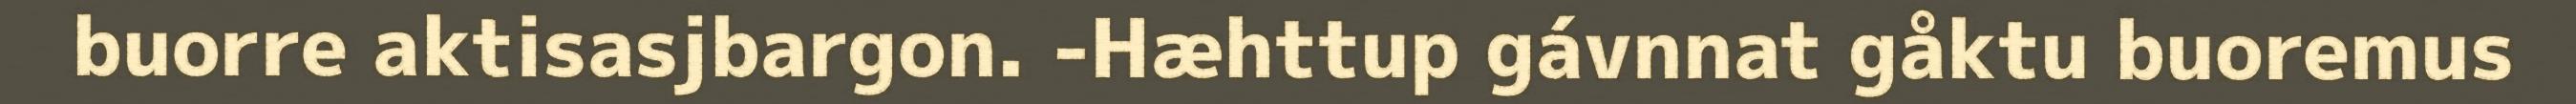
buorre aktisasjbargon. -Hæhttup gávnnat gåktu buoremus